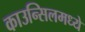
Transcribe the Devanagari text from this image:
काउन्सिलमध्ये